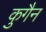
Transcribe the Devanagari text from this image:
कुगैन